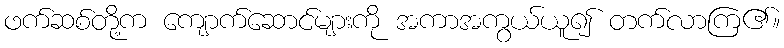
ဖက်ဆစ်တို့က ကျောက်ဆောင်များကို အကာအကွယ်ယူ၍ တက်လာကြ၏။